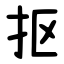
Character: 抠